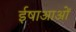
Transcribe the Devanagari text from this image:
ईषाआओं